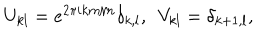
LaTeX: U _ { k l } = e ^ { 2 \pi i k m / n } \delta _ { k , l } , ~ ~ V _ { k l } = \delta _ { k + 1 , l } ,